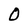
Character: O